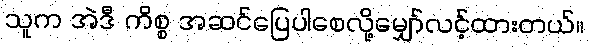
သူက အဲဒီ ကိစ္စ အဆင်ပြေပါစေလို့မျှော်လင့်ထားတယ်။